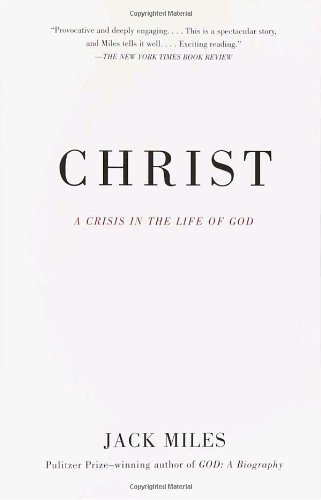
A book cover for Christ: A Crisis in the Life of God; Jack Miles; Christian Books & Bibles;